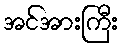
အင်အားကြီး